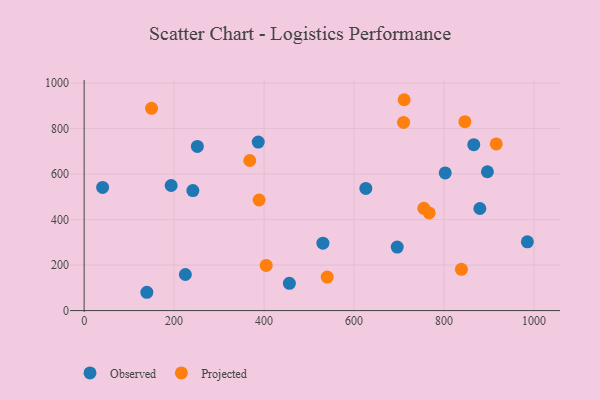
{"axis": {"x": "Distance", "y": "Profit"}, "legend": ["Observed", "Projected"], "data": [{"x": "193.4", "y": 549.5, "type": "Observed"}, {"x": "251.7", "y": 721.2, "type": "Observed"}, {"x": "879.6", "y": 448.6, "type": "Observed"}, {"x": "626.1", "y": 536.9, "type": "Observed"}, {"x": "695.9", "y": 279.2, "type": "Observed"}, {"x": "387.0", "y": 740.4, "type": "Observed"}, {"x": "241.7", "y": 527.4, "type": "Observed"}, {"x": "985.2", "y": 302.3, "type": "Observed"}, {"x": "530.7", "y": 296.0, "type": "Observed"}, {"x": "866.0", "y": 729.2, "type": "Observed"}, {"x": "802.6", "y": 605.0, "type": "Observed"}, {"x": "139.4", "y": 80.4, "type": "Observed"}, {"x": "896.4", "y": 609.9, "type": "Observed"}, {"x": "225.0", "y": 158.6, "type": "Observed"}, {"x": "456.2", "y": 119.6, "type": "Observed"}, {"x": "41.1", "y": 541.3, "type": "Observed"}, {"x": "755.1", "y": 449.2, "type": "Projected"}, {"x": "149.8", "y": 888.7, "type": "Projected"}, {"x": "838.6", "y": 181.4, "type": "Projected"}, {"x": "404.7", "y": 198.3, "type": "Projected"}, {"x": "711.3", "y": 926.5, "type": "Projected"}, {"x": "846.3", "y": 829.9, "type": "Projected"}, {"x": "767.0", "y": 429.2, "type": "Projected"}, {"x": "388.9", "y": 485.9, "type": "Projected"}, {"x": "710.0", "y": 826.9, "type": "Projected"}, {"x": "540.3", "y": 147.1, "type": "Projected"}, {"x": "916.0", "y": 732.1, "type": "Projected"}, {"x": "368.1", "y": 659.4, "type": "Projected"}]}